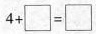
$$4 + \Box = \Box $$